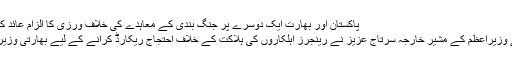
Image caption پاکستان اور بھارت ایک دوسرے پر جنگ بندی کے معاہدے کی خلاف ورزی کا الزام عائد کرتے ہیں
گذشتہ جمعے کو پاکستان کے وزیراعظم کے مشیر خارجہ سرتاج عزیز نے رینجرز اہلکاروں کی ہلاکت کے خلاف احتجاج ریکارڈ کرانے کے لیے بھارتی وزیر خارجہ کو خط بھی لکھا تھا۔